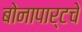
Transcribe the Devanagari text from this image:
बोनापार्टचे